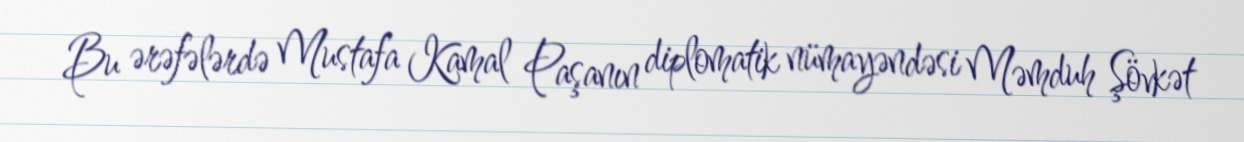
Bu ərəfələrdə Mustafa Kamal Paşanın diplomatik nümayəndəsi Məmduh Şövkət